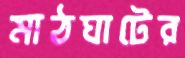
মাঠঘাটের